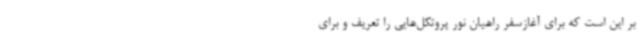
بر این است که برای آغازسفر راهیان نور پروتکل‌هایی را تعریف و برای